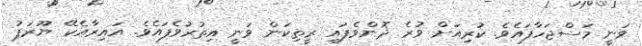
ވަނީ މަސްޖަހާފައެވެ. ކުރިއަށް ވުރެ ދޮންވެފައި ރީތިކަން ވަނީ އިތުރުވެފައެވެ. އައިރާއެކޭ ޔޫރަޕު